Lunatic asylums Punjab 1895-1910 - 1895-1910
Year: 1895
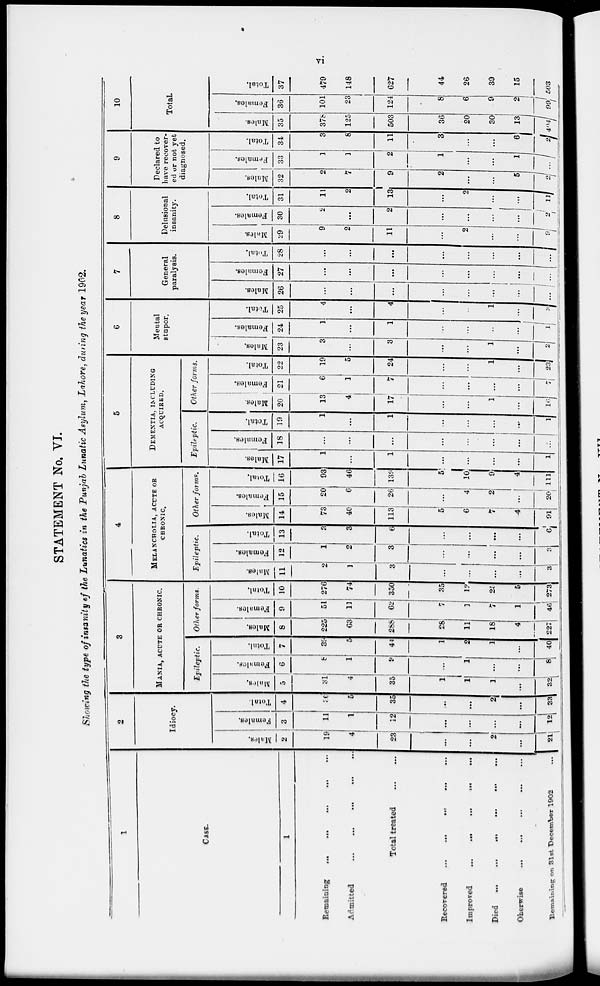
vi
STATEMENT No. VI.
Showing the type of insanity of the Lunatics in the Punjab Lunatic Asylum, Lahore, during the year 1902.
1
CASE.
1
Remaining
...
...
Admitted
...
...
...
...
Total treated
...
...
Recovered
...
...
... ... ...
Improved ... ... ... ... ...
Died
...
...
...
...
...
...
Oherwise ... ... ... ... ...
...
Remaining on 31st December 1902
...
2
Idiocy.
Males.
2
19
4
23
...
...
2
...
21
Females.
3
11
1
12
...
...
...
...
12
Total.
4
30
5
35
...
...
2
...
33
3
MANIA, ACUTE OR CHRONIC.
Epileptic.
Males.
5
31
4
35
1
1
1
...
32
Females.
6
8
1
9
...
1
...
...
8
Total.
7
39
5
44
1
2
1
...
40
Other forms.
Males.
8
225
63
288
28
11
18
4
227
Females.
9
51
11
62
7
1
7
1
46
Total.
10
276
74
350
35
12
25
5
273
4
MELANCHOLIA, ACUTE OR
CHRONIC.
Epileptic.
Males.
11
2
1
3
...
...
...
...
3
Females.
12
1
2
3
...
...
...
...
3
Total.
13
3
3
6
...
...
...
...
6
Other forms.
Males.
14
73
40
113
5
6
7
4
91
Females.
15
20
6
26
...
4
2
...
20
Total.
16
93
46
139
5
10
9
4
111
5
DEMENTIA, INCLUDING
ACQUIRED.
Epileptic.
Males.
17
1
...
1
...
...
...
...
1
Females.
18
...
...
...
...
...
...
...
...
Total.
19
1
...
1
...
...
...
...
1
Other forms.
Males.
20
13
4
17
...
...
1
...
16
Females.
21
6
1
7
...
...
...
...
7
Total.
22
19
5
24
...
...
1
...
23
6
Mental
stupor.
Males.
23
3
...
3
...
...
1
...
2
Females.
24
1
...
1
...
...
...
...
1
Total.
25
4
...
4
...
...
1
...
3
7
General
paralysis.
Males.
26
...
...
...
...
...
...
...
...
Females.
27
...
...
...
...
...
...
...
...
Total.
28
...
...
...
...
...
...
...
...
8
Delusional
insanity.
Males.
29
9
2
11
...
2
...
...
9
Females.
30
2
...
2
...
...
...
...
2
Total.
31
11
2
13
...
2
...
...
11
9
Declared to
have recover-
ed or not yet
diagnosed.
Males.
32
2
7
9
2
...
...
5
2
Females.
33
1
1
2
1
...
...
1
...
Total.
34
3
8
11
3
...
...
6
2
10
Total.
Males.
35
378
125
503
36
20
30
13
404
Females.
36
101
23
124
8
6
9
2
99
Total.
37
479
148
627
44
26
39
15
503